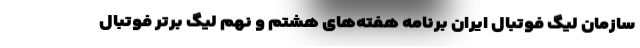
سازمان لیگ فوتبال ایران برنامه هفته‌های هشتم و نهم لیگ برتر فوتبال